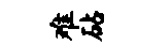
难砧